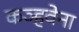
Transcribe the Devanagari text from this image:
कञ्हवेना